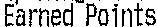
EARNED POINTS